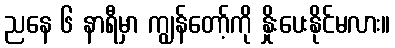
ညနေ ၆ နာရီမှာ ကျွန်တော့်ကို နှိုးပေးနိုင်မလား။